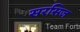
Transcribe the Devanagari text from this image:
सरसिज